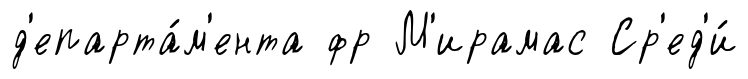
д'епарта́м'ента фр М'ирамас Ср'ед'и́